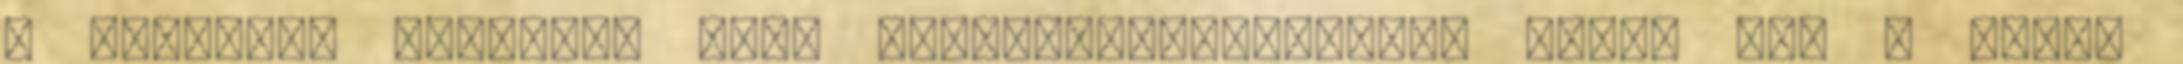
a korábban hatalmon levő Demokrata-Liberális Párté PDL – sérti